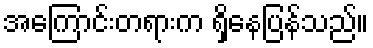
အကြောင်းတရားက ရှိနေပြန်သည်။